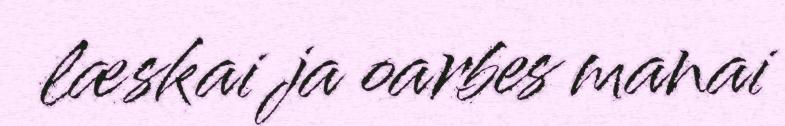
læskai ja oarbes manai